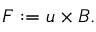
\begin{array} { r } { \boldsymbol { F } : = \boldsymbol { u } \times \boldsymbol { B } . } \end{array}